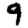
Digit: 9